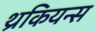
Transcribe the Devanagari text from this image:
थ्रकियन्स